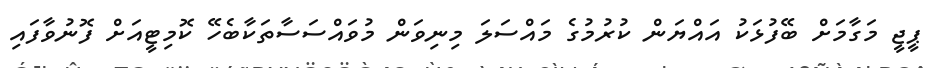
ޕީޖީ މަގާމަށް ބޭފުޅަކު އައްޔަން ކުރުމުގެ މައްސަލަ މިނިވަން މުވައްސަސާތަކާބެހޭ ކޮމިޓީއަށް ފޮނުވާފައި